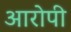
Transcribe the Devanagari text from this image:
अारोपी